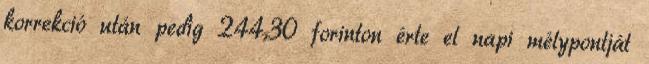
korrekció után pedig 244,30 forinton érte el napi mélypontját